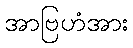
အာဗြဟံအား